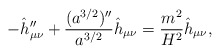
\begin{align*}-\hat h_{\mu\nu}''+{(a^{3/2})''\over a^{3/2}} \hat h_{\mu\nu}= {m^2\over H^2} \hat h_{\mu\nu},\end{align*}